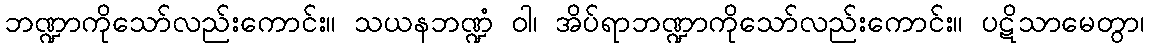
ဘဏ္ဍာကိုသော်လည်းကောင်း။ သယနဘဏ္ဍံ ဝါ၊ အိပ်ရာဘဏ္ဍာကိုသော်လည်းကောင်း။ ပဋိသာမေတွာ၊